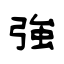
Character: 強